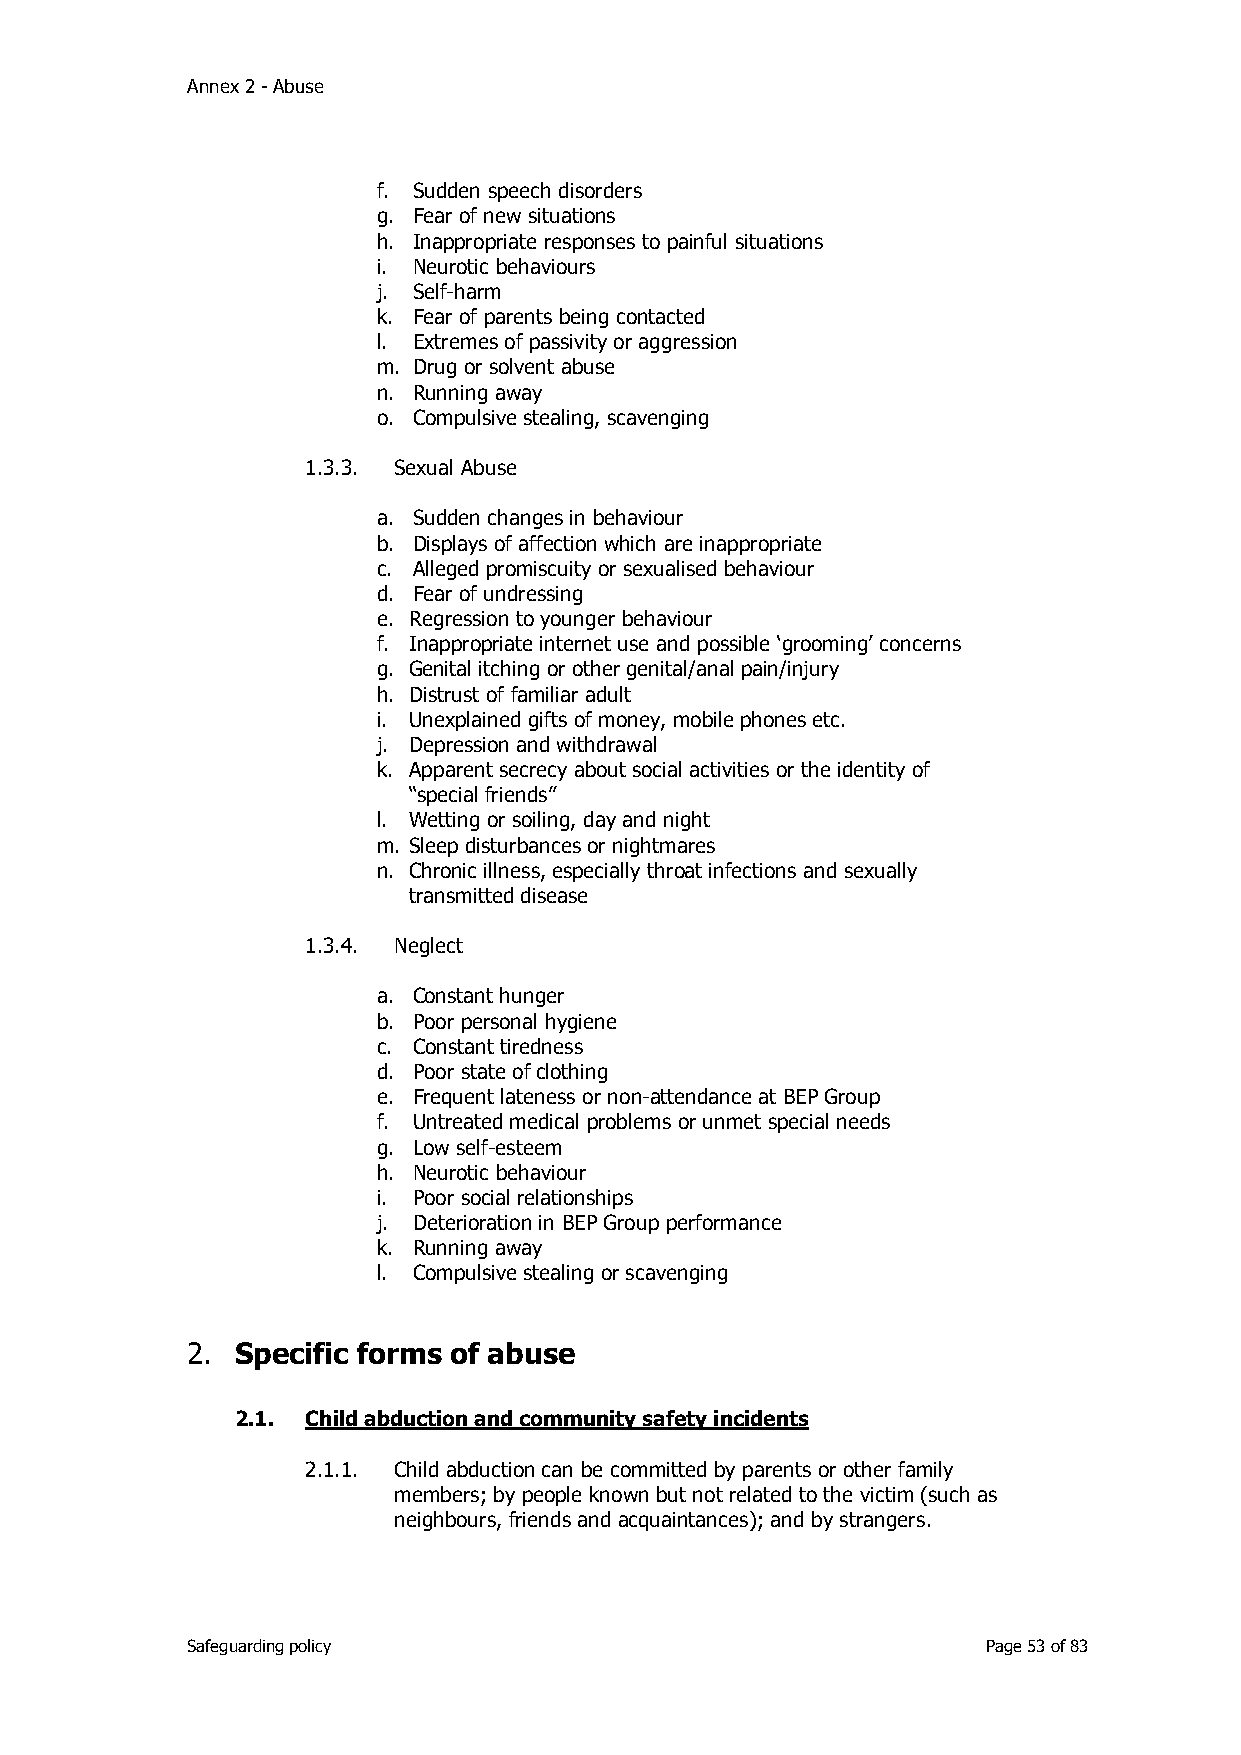
Annex 2 - Abuse
 f. Sudden speech disorders
 g. Fear of new situations
 h. Inappropriate responses to painful situations
 i. Neurotic behaviours
 j. Self-harm
 k. Fear of parents being contacted
 l. Extremes of passivity or aggression
 m. Drug or solvent abuse
 n. Running away
 o. Compulsive stealing, scavenging
 1.3.3. Sexual Abuse
 a. Sudden changes in behaviour
 b. Displays of affection which are inappropriate
 c. Alleged promiscuity or sexualised behaviour
 d. Fear of undressing
 e. Regression to younger behaviour
 f. Inappropriate internet use and possible ‘grooming’ concerns
 g. Genital itching or other genital/anal pain/injury
 h. Distrust of familiar adult
 i. Unexplained gifts of money, mobile phones etc.
 j. Depression and withdrawal
 k. Apparent secrecy about social activities or the identity of
 “special friends”
 l. Wetting or soiling, day and night
 m. Sleep disturbances or nightmares
 n. Chronic illness, especially throat infections and sexually
 transmitted disease
 1.3.4. Neglect
 a. Constant hunger
 b. Poor personal hygiene
 c. Constant tiredness
 d. Poor state of clothing
 e. Frequent lateness or non-attendance at BEP Group
 f. Untreated medical problems or unmet special needs
 g. Low self-esteem
 h. Neurotic behaviour
 i. Poor social relationships
 j. Deterioration in BEP Group performance
 k. Running away
 l. Compulsive stealing or scavenging
 2.  Specific forms of abuse
 2.1. Child abduction and community safety incidents
 2.1.1. Child abduction can be committed by parents or other family
 members; by people known but not related to the victim (such as
 neighbours, friends and acquaintances); and by strangers.
 Safeguarding policy                                  Page 53 of 83